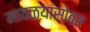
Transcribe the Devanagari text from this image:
मावळ्यांसोबत